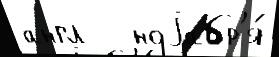
англ   ноjабр'я́